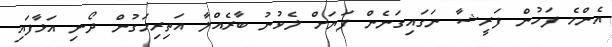
އެންމެ ފަހުން ފަރީޝާ ނަގައިގަނެން ފަޔަށް ލެވުނު ބާރެއްލާ އަތިރިމަގުން ދޯނި އަޅާފައި